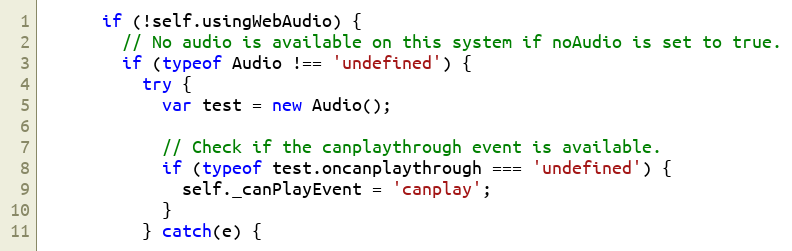
Language: JavaScript
      if (!self.usingWebAudio) {
        // No audio is available on this system if noAudio is set to true.
        if (typeof Audio !== 'undefined') {
          try {
            var test = new Audio();

            // Check if the canplaythrough event is available.
            if (typeof test.oncanplaythrough === 'undefined') {
              self._canPlayEvent = 'canplay';
            }
          } catch(e) {